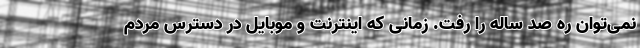
نمی‌توان ره صد ساله را رفت. زمانی که اینترنت و موبایل در دسترس مردم